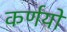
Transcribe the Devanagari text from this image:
कर्णयो